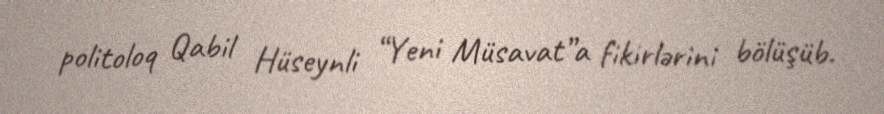
politoloq Qabil Hüseynli “Yeni Müsavat”a fikirlərini bölüşüb.